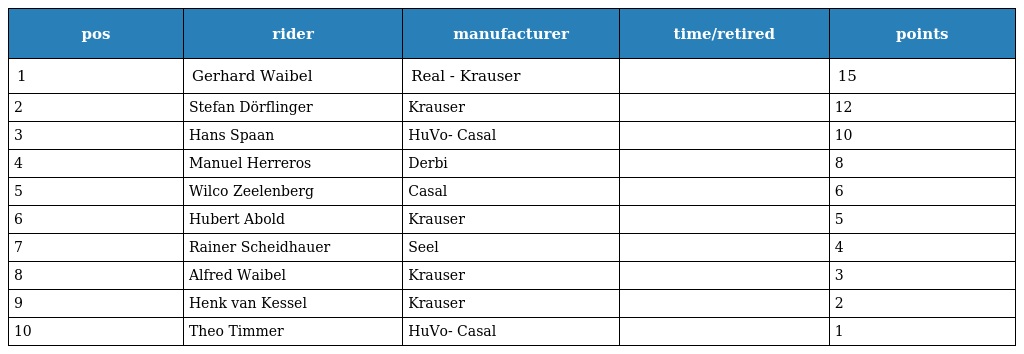
| pos | rider | manufacturer | time/retired | points |
 | --- | --- | --- | --- | --- |
 | 1 | Gerhard Waibel | Real - Krauser |  | 15 |
 | 2 | Stefan Dörflinger | Krauser |  | 12 |
 | 3 | Hans Spaan | HuVo- Casal |  | 10 |
 | 4 | Manuel Herreros | Derbi |  | 8 |
 | 5 | Wilco Zeelenberg | Casal |  | 6 |
 | 6 | Hubert Abold | Krauser |  | 5 |
 | 7 | Rainer Scheidhauer | Seel |  | 4 |
 | 8 | Alfred Waibel | Krauser |  | 3 |
 | 9 | Henk van Kessel | Krauser |  | 2 |
 | 10 | Theo Timmer | HuVo- Casal |  | 1 |